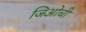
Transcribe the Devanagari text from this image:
जिओची